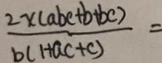
\frac { 2 x ( a b c + b + b c ) } { b ( 1 + a c + c ) } =